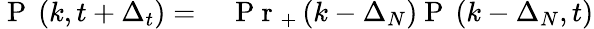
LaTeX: \begin{array}{rl}{\mathrm{~P~}\left(k,t+\Delta_{t}\right)=\, }&{{}\mathrm{~P~r~}_{+}\left(k-\Delta_{N}\right)\mathrm{~P~}\left(k-\Delta_{N},t\right)}\end{array}